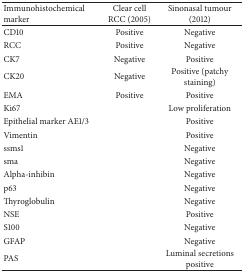
<table><thead><tr><td><b>Immunohistochemical marker</b></td><td><b>Clear cell RCC (2005) </b></td><td><b>Sinonasal tumour (2012)</b></td></tr></thead><tbody><tr><td>CD10</td><td>Positive</td><td>Negative</td></tr><tr><td>RCC</td><td>Positive</td><td>Negative</td></tr><tr><td>CK7</td><td>Negative</td><td>Positive</td></tr><tr><td>CK20</td><td>Negative</td><td>Positive (patchy staining)</td></tr><tr><td>EMA</td><td>Positive</td><td>Positive</td></tr><tr><td>Ki67</td><td> </td><td>Low proliferation</td></tr><tr><td>Epithelial marker AE1/3</td><td> </td><td>Positive</td></tr><tr><td>Vimentin</td><td> </td><td>Positive</td></tr><tr><td>ssms1</td><td> </td><td>Negative</td></tr><tr><td>sma</td><td> </td><td>Negative</td></tr><tr><td>Alpha-inhibin</td><td> </td><td>Negative</td></tr><tr><td>p63</td><td> </td><td>Negative</td></tr><tr><td>Thyroglobulin</td><td> </td><td>Negative</td></tr><tr><td>NSE</td><td> </td><td>Positive</td></tr><tr><td>S100</td><td> </td><td>Negative</td></tr><tr><td>GFAP</td><td> </td><td>Negative</td></tr><tr><td>PAS</td><td> </td><td>Luminal secretions positive</td></tr></tbody></table>